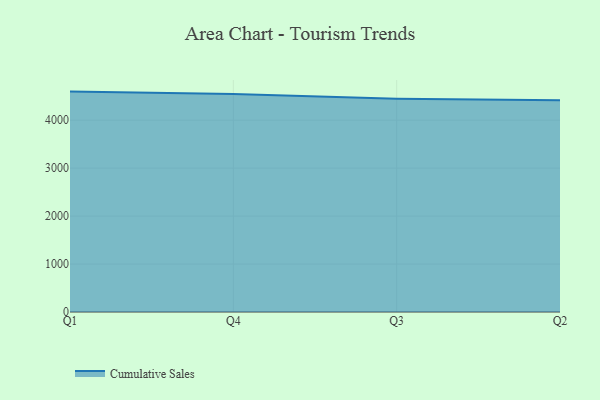
{"axis": {"x": "Quarter", "y": "Revenue (USD Million)"}, "legend": ["Cumulative Sales"], "data": [{"x": "Q1", "y": 4596.1, "type": "Cumulative Sales"}, {"x": "Q4", "y": 4545.1, "type": "Cumulative Sales"}, {"x": "Q3", "y": 4447.5, "type": "Cumulative Sales"}, {"x": "Q2", "y": 4415.2, "type": "Cumulative Sales"}]}